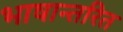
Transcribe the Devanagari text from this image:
भाषान्तरित